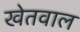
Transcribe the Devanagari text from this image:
खेतवाल